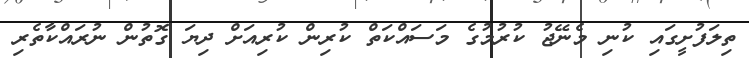
ތިލަފުށީގައި ކުނި މެނޭޖު ކުރުމުގެ މަސައްކަތް ކުރިން ކުރިއަށް ދިޔަ ގޮތުން ނުރައްކާތެރި